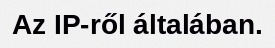
Az IP-ről általában.